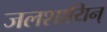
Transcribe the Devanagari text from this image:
जलशायिन्